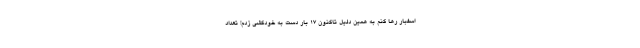
اسفبار رها کنم به همین دلیل تاکنون 17 بار دست به خودکشی زدم! تعداد